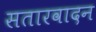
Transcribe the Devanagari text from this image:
सतारवादन